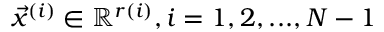
\Vec { x } ^ { ( i ) } \in \mathbb { R } ^ { r ( i ) } , i = 1 , 2 , . . . , N - 1